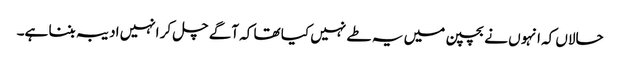
حالاں کہ انہو ں نے بچپن میں یہ طے نہیں کیا تھا کہ آگے چل کر انہیں ادیبہ بننا ہے۔